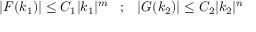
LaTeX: | F ( k _ { 1 } ) | \leq C _ { 1 } | k _ { 1 } | ^ { m } \; \; \; ; \; \; \; | G ( k _ { 2 } ) | \leq C _ { 2 } | k _ { 2 } | ^ { n }